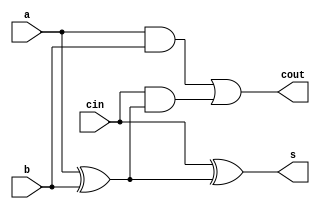
`timescale 1ns / 1ps

module FullAdder(a, b, cin, s, cout);

	input a, b, cin;
	output s, cout;
	
	wire A, B, Ci, S, Co;
	wire x, y, z;
	wire u, v;
	assign A = a;
	assign B = b;
	assign Ci = cin;
	assign s = S;
	assign cout = Co;
	
	
	xor xor1 (x, A, B);
	xor xor2 (S, Ci, x);
	and and1 (y, A, B);
	and and2 (z, Ci, x);
	or or1 (Co, y, z);
	
endmodule